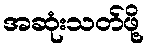
အဆုံးသတ်ဖို့